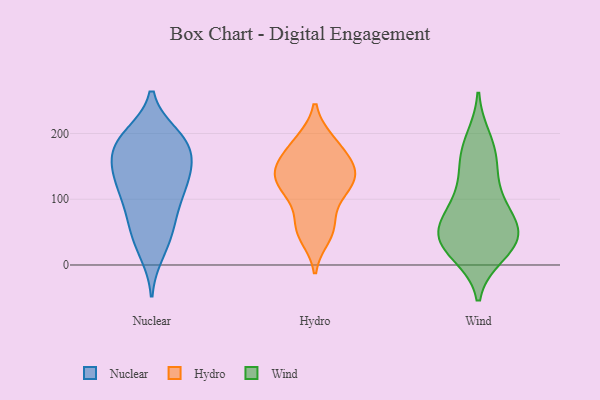
{"axis": {"x": "Satisfaction Score", "y": "Value"}, "legend": ["Hydro", "Nuclear", "Wind"], "data": [{"x": "", "y": 66, "type": "Nuclear"}, {"x": "", "y": 71, "type": "Nuclear"}, {"x": "", "y": 112, "type": "Nuclear"}, {"x": "", "y": 185, "type": "Nuclear"}, {"x": "", "y": 104, "type": "Nuclear"}, {"x": "", "y": 152, "type": "Nuclear"}, {"x": "", "y": 147, "type": "Nuclear"}, {"x": "", "y": 55, "type": "Nuclear"}, {"x": "", "y": 193, "type": "Nuclear"}, {"x": "", "y": 195, "type": "Nuclear"}, {"x": "", "y": 32, "type": "Nuclear"}, {"x": "", "y": 158, "type": "Nuclear"}, {"x": "", "y": 136, "type": "Nuclear"}, {"x": "", "y": 19, "type": "Nuclear"}, {"x": "", "y": 182, "type": "Nuclear"}, {"x": "", "y": 122, "type": "Nuclear"}, {"x": "", "y": 172, "type": "Nuclear"}, {"x": "", "y": 197, "type": "Nuclear"}, {"x": "", "y": 114, "type": "Nuclear"}, {"x": "", "y": 58, "type": "Hydro"}, {"x": "", "y": 110, "type": "Hydro"}, {"x": "", "y": 188, "type": "Hydro"}, {"x": "", "y": 109, "type": "Hydro"}, {"x": "", "y": 154, "type": "Hydro"}, {"x": "", "y": 143, "type": "Hydro"}, {"x": "", "y": 189, "type": "Hydro"}, {"x": "", "y": 129, "type": "Hydro"}, {"x": "", "y": 60, "type": "Hydro"}, {"x": "", "y": 123, "type": "Hydro"}, {"x": "", "y": 43, "type": "Hydro"}, {"x": "", "y": 145, "type": "Hydro"}, {"x": "", "y": 161, "type": "Hydro"}, {"x": "", "y": 119, "type": "Wind"}, {"x": "", "y": 35, "type": "Wind"}, {"x": "", "y": 90, "type": "Wind"}, {"x": "", "y": 189, "type": "Wind"}, {"x": "", "y": 83, "type": "Wind"}, {"x": "", "y": 159, "type": "Wind"}, {"x": "", "y": 33, "type": "Wind"}, {"x": "", "y": 36, "type": "Wind"}, {"x": "", "y": 166, "type": "Wind"}, {"x": "", "y": 44, "type": "Wind"}, {"x": "", "y": 47, "type": "Wind"}, {"x": "", "y": 19, "type": "Wind"}, {"x": "", "y": 62, "type": "Wind"}]}